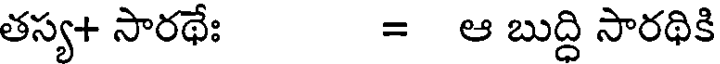
తస్య+ సారథేః = ఆ బుద్ది సారథికి